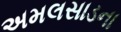
અમલસાડના